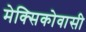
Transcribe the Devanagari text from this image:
मेक्सिकोवासी